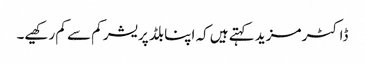
ڈاکٹر مزید کہتے ہیں کہ اپنا بلڈ پریشر کم سے کم رکھیے۔